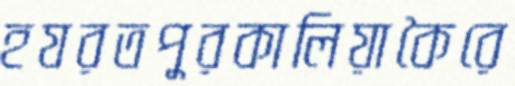
হযরতপুরকালিয়াকৈরে